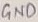
Text: GND